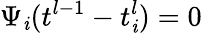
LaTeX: \Psi_{\mathit{i}}(t^{l-1}-t_{\mathit{i}}^{l})=0